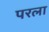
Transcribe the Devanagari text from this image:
परला